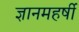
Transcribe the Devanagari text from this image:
ज्ञानमहर्षी